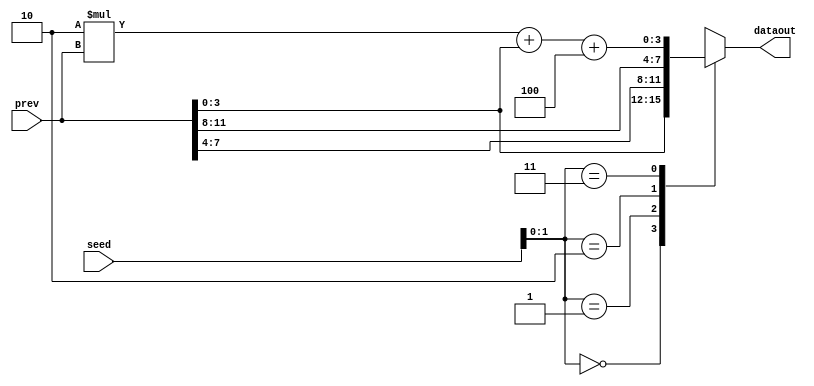
`timescale 1ns / 1ps
//////////////////////////////////////////////////////////////////////////////////
// Company: 
// Engineer: 
// 
// Design Name: 
// Module Name: structural
// Project Name: 
// Target Devices: 
// Tool Versions: 
// Description: 
// 
// Dependencies: 
// 
// Revision:
// Revision 0.01 - File Created
// Additional Comments:
// 
//////////////////////////////////////////////////////////////////////////////////


module structural(output reg  [3:0]  dataout,
                  input[11:0] seed,prev );
               
         
    always @ (*)
    case(seed[1:0])
       2'd0:dataout<=prev[3:0];
       2'd1:dataout<=prev[7:4];
       2'd2:dataout<=prev[11:8];
       2'd3:dataout<=2*prev + prev + 4;
    endcase
endmodule